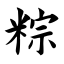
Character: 粽